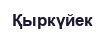
Қыркүйек